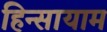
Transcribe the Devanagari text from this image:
हिन्सायाम